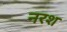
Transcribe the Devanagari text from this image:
नरश